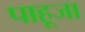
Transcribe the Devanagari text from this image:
पाहूजा